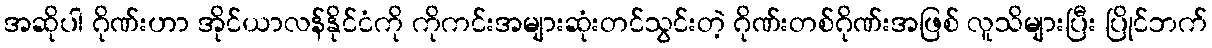
အဆိုပါ ဂိုဏ်းဟာ အိုင်ယာလန်နိုင်ငံကို ကိုကင်းအများဆုံးတင်သွင်းတဲ့ ဂိုဏ်းတစ်ဂိုဏ်းအဖြစ် လူသိများပြီး ပြိုင်ဘက်